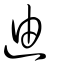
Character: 迪